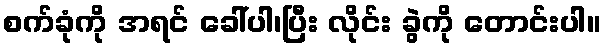
စက်ခုံကို အရင် ခေါ်ပါ၊ပြီး လိုင်း ခွဲကို တောင်းပါ။